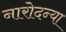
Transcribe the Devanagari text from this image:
नारोदन्या